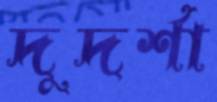
দুদর্শা